Vaccination in Bombay 1874-1876 - 1874-1876
Year: 1874
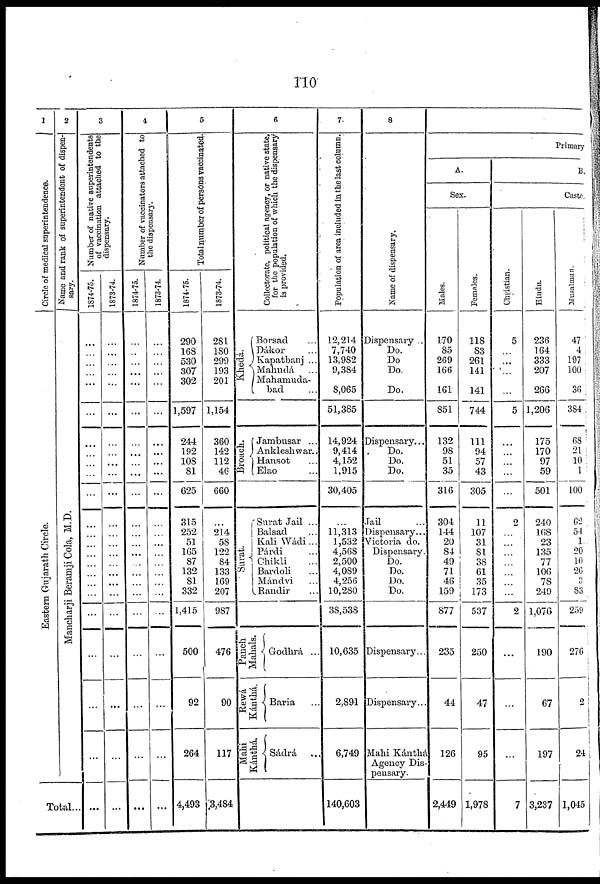
110
1
Circle of medical superintendence.
Eastern Gujarath Circle.
2
Name and rank of superintendent of dispen-
sary.
Mancharji Beramji Cola, M. D.
Total...
3
Number of native superintendents
of vaccination attached to the
dispensary.
1874-75.
...
...
...
...
...
...
...
...
...
...
...
...
...
...
...
...
...
...
...
...
...
...
...
...
1873-74.
...
...
...
...
...
...
...
...
...
...
...
...
...
...
...
...
...
...
...
...
...
...
...
...
4
Number of vaccinators attached to
the dispensary.
1874-75.
...
...
...
...
...
...
...
...
...
...
...
...
...
...
...
...
...
...
...
...
...
...
...
...
1873-74.
...
...
...
...
...
...
...
...
...
...
...
...
...
...
...
...
...
...
...
...
...
...
...
...
5
Total number of persons vaccinated.
1874-75.
290
168
530
307
302
1,597
244
192
108
81
625
315
252
51
165
87
132
81
332
1,415
500
92
264
4,493
1873-74.
281
180
299
193
201
1,154
360
142
112
46
660
...
214
58
122
84
133
169
207
987
476
90
117
3,484
6
Collectorate, political agency, or native state,
for the population of which the dispensary
is provided.
Khedá.
Borsad ...
Dákor ...
Kapatbanj ...
Mahudá ...
Mahamuda-
bad ...
Broach.
Jambusar ...
Ankleshwar..
Hansot ...
Elao ...
Surat.
Surat Jail ...
Balsad ...
Kali Wádi...
Párdi ...
Chikli ...
Bardoli ...
Mándvi ...
Randir ...
Panch
Mahals.
Rewá
Kánthá.
Mahi
Kánthá.
Godhrá ...
Baria ...
Sádrá ...
7
Population of area included in the last column.
12,214
7,740
13,982
9,384
8,065
51,385
14,924
9,414
4,152
1,915
30,405
...
11,313
1,532
4,568
2,500
4,089
4,256
10,280
38,538
10,635
2,891
6,749
140,603
8
Name of dispensary.
Dispensary ..
Do.
Do
Do.
Do.
Dispensary...
Do.
Do.
Do.
Jail ...
Dispensary...
Victoria do.
Dispensary.
Do.
Do.
Do.
Do.
Dispensary...
Dispensary...
Mahi Kánthá
Agency Dis-
pensary.
Primary
A.
Sex.
Males.
170
85
269
166
161
851
132
98
51
35
316
304
144
20
84
49
71
46
159
877
235
44
126
2,449
Females.
118
83
261
141
141
744
111
94
57
43
305
11
107
31
81
38
61
35
173
537
250
47
95
1,978
B.
Caste.
Christian.
5
...
...
...
...
5
...
...
...
...
...
2
...
...
...
...
...
...
...
2
...
...
...
7
Hindu.
236
164
333
207
266
1,206
175
170
97
59
501
240
168
23
135
77
106
78
249
1,076
190
67
197
3,237
Musalman.
47
4
197
100
36
384
68
21
10
1
100
62
54
1
20
10
26
3
83
259
276
2
24
1,045